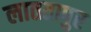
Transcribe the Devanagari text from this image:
लाततापुर